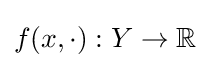
f(x,\cdot ):Y\to \mathbb {R}